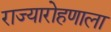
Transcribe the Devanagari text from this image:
राज्यारोहणाला